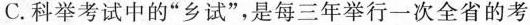
C.科举考试中的”乡试”，是每三年举行一次全省的考